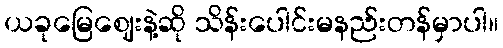
ယခုမြေဈေးနဲ့ဆို သိန်းပေါင်းမနည်းတန်မှာပါ။